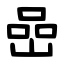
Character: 嵒